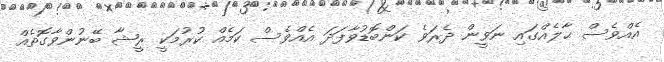
އެއްވެސް ޙާލެއްގައި ނަވީން ދެރަވެ ކަންބޮޑުވާފަދަ އެއްވެސް ކަމެއް ކުރުމަކީ ރީޝާ ބޭނުންވާގޮތެއް